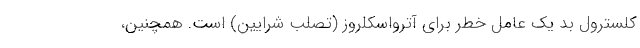
کلسترول بد یک عامل خطر برای آترواسکلروز (تصلب شرایین) است. همچنین،